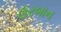
ઉરબાન